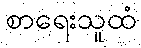
စာရေးသူထံ